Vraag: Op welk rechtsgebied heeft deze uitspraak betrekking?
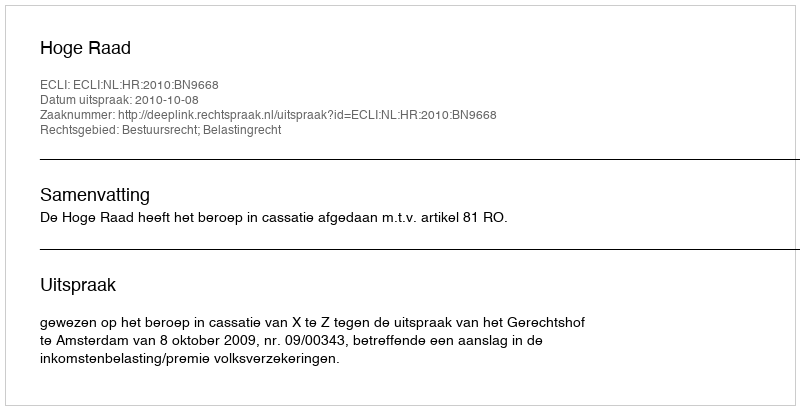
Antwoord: Bestuursrecht; Belastingrecht